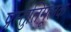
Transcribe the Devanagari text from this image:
प्रस्तुतिमूलक